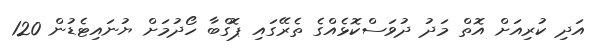
އަދި ކުރިއަށް އޮތް މަދު ދުވަސްކޮޅެއްގެ ތެރޭގައި ޕޮގްބާ ހޯދުމަށް ޔުނައިޓެޑުން 120